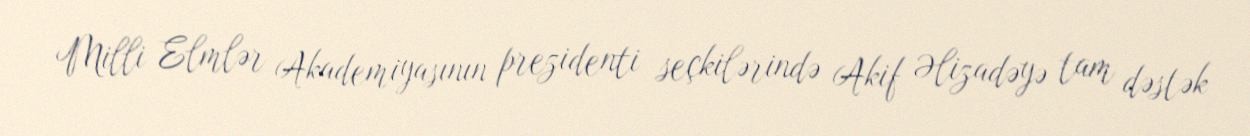
Milli Elmlər Akademiyasının prezidenti seçkilərində Akif Əlizadəyə tam dəstək